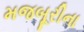
મજબૂરીના